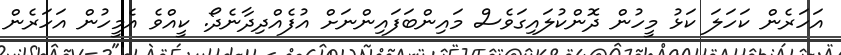
އަހަރެން ކަހަލަ ކަޅު މީހުން ދޮންކުލައިގަވެސް މައިންބަފައިންނަށް އުފެއްދިދާނެދޯ. ކީއްވެ އެމީހުން އަހަރެން